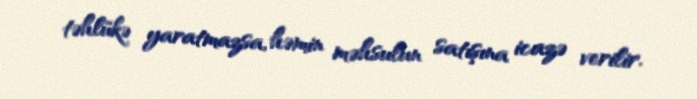
təhlükə yaratmazsa, həmin məhsulun satışına icazə verilir.